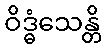
ဝိဒ္ဓံသေန္တိ